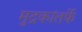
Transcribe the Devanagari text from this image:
मुद्रकांतर्फे